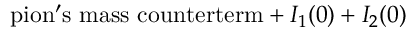
\mathrm { p i o n ^ { \prime } s ~ m a s s ~ c o u n t e r t e r m } + I _ { 1 } ( 0 ) + I _ { 2 } ( 0 )